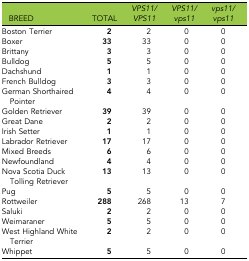
| BREED | TOTAL | VPS11/VPS11 | VPS11/vps11 | vps11/vps11 |
 | --- | --- | --- | --- | --- |
 | Boston Terrier | 2 | 2 | 0 | 0 |
 | Boxer | 33 | 33 | 0 | 0 |
 | Brittany | 3 | 3 | 0 | 0 |
 | Bulldog | 5 | 5 | 0 | 0 |
 | Dachshund | 1 | 1 | 0 | 0 |
 | French Bulldog | 3 | 3 | 0 | 0 |
 | German Shorthaired Pointer | 4 | 4 | 0 | 0 |
 | Golden Retriever | 39 | 39 | 0 | 0 |
 | Great Dane | 2 | 2 | 0 | 0 |
 | Irish Setter | 1 | 1 | 0 | 0 |
 | Labrador Retriever | 17 | 17 | 0 | 0 |
 | Mixed Breeds | 6 | 6 | 0 | 0 |
 | Newfoundland | 4 | 4 | 0 | 0 |
 | Nova Scotia Duck Tolling Retriever | 13 | 13 | 0 | 0 |
 | Pug | 5 | 5 | 0 | 0 |
 | Rottweiler | 288 | 268 | 13 | 7 |
 | Saluki | 2 | 2 | 0 | 0 |
 | Weimaraner | 5 | 5 | 0 | 0 |
 | West Highland White Terrier | 2 | 2 | 0 | 0 |
 | Whippet | 5 | 5 | 0 | 0 |